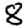
Digit: 8